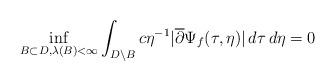
LaTeX: \begin{align*}\inf_{B\subset D, \lambda(B)<\infty} \int_{D \setminus B}c\eta^{-1}|\overline{\partial}\Psi_f(\tau,\eta)|\, d\tau\,d\eta = 0\end{align*}